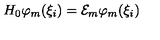
H _ { 0 } \varphi _ { m } ( \xi _ { i } ) = { \cal E } _ { m } \varphi _ { m } ( \xi _ { i } )